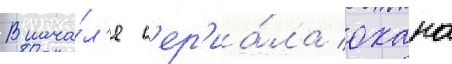
В нача́л'е с'ер'иа́ла охана